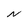
Character: N